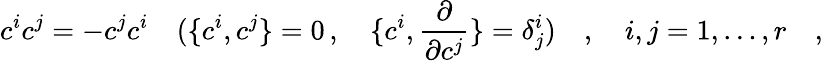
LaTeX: c^{i}c^{j}=-c^{j}c^{i}\quad(\{ c^{i},c^{j}\} =0\, ,\quad\{ c^{i},{\frac{\partial}{\partial c^{j}}}\} =\delta_{j}^{i})\quad,\quad i,j=1,\dots,r\quad,